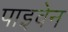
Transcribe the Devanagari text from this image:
पाइवेन